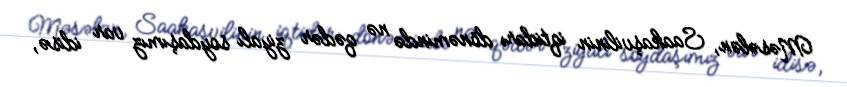
Məsələn, Saakaşvilinin iqtidarı dönəmində nə qədər ziyalı soydaşımız var idisə,